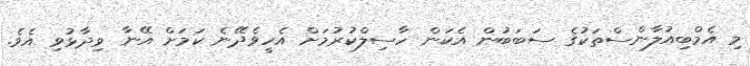
މި އެމްބިއުލާންސްތަކުގެ ސަބަބުން އެކަން ހާސިލްކުރުމަށް އެހީވެދޭނެ ކަމަށް އޭނާ ވިދާޅުވި އެވެ.